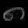
Digit: ၈